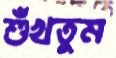
শুঁখতুম